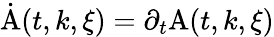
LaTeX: \dot{\mathrm{A}}(t,k,\xi)=\partial_{t}\mathrm{A}(t,k,\xi)